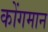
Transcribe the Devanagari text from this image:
कोंगमान